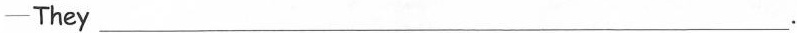
—They___.